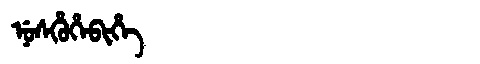
Manchu: ᠨᡠᠰᡥᡠᡥᡝᠪᡳᡥᡝ
Romanization: NUSHUHEBIHE